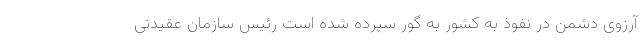
آرزوی دشمن در نفوذ به کشور به گور سپرده شده است رئیس سازمان عقیدتی